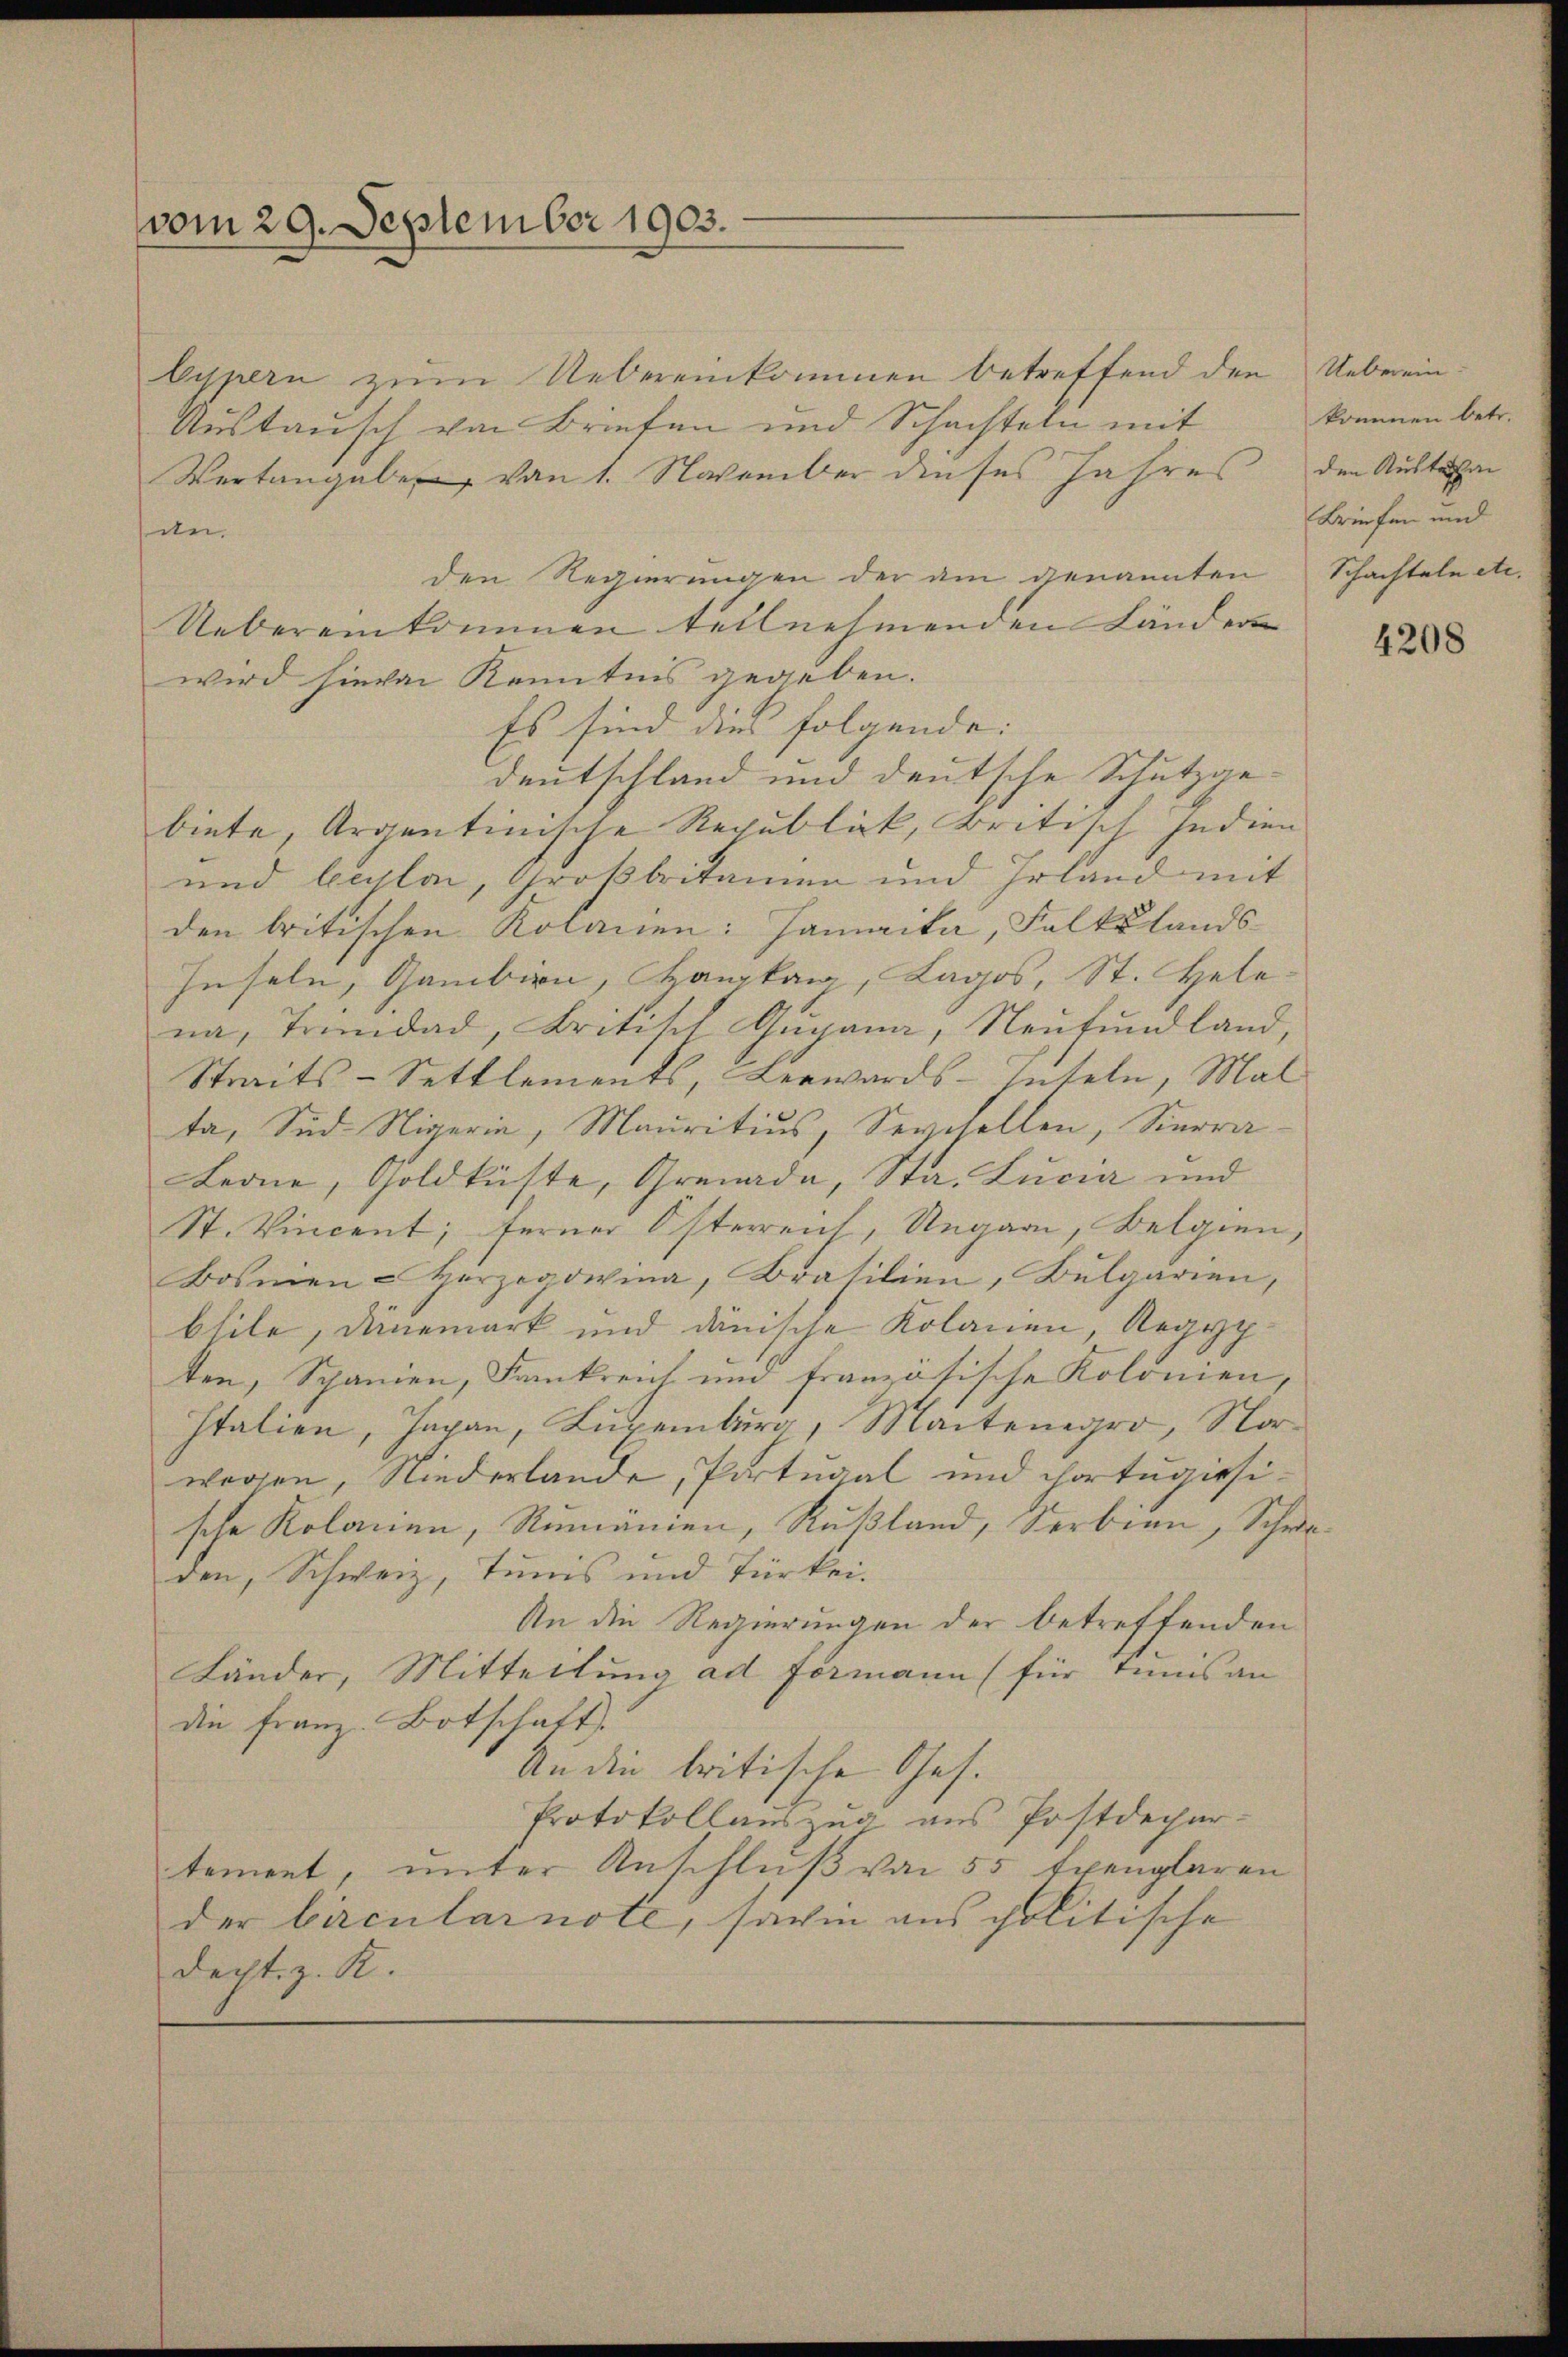
vom 29. September 1903.

bypern zum Uebereinkommen betreffend den
Austausch von Briefen und Schachteln mit
Wertangaben von 1. November dieses Jahres
in.
den Regierungen der am genannten
Uebereinkommen teilnehmenden Länder
wird hievon Kenntnis gegeben.
Es sind dies folgende:
Deutschland und deutsche Schutzgebiete, Argentinische Republick, Britisch Indien
und begler, Großbritanien und Erland mit
den britischen Kolanen: Jamacta, Falklands¬
Inseln, Gambirn, Hankam, Lagos, St. Hele
na, Trandad, Britisch Gugana, Neufundland,
Streits-Settlements, Leewards-Inteln, Mal
ta, Süd Nigerin, Mauritius, Sevisollen, Sierra-
Leone, Goldküste, Grenada, Sta. Lucia und
St. Vincent; ferner Österreich, Ungarn, Belgien,
Bosnien-Herzogowina, Brasilien, Bulgarien,
blile, denemark und danische Kolanen, Aegypten, Spanien, Fankreich und französische Kolonien,
Italien, Japan, Luxenburg, Maitenegro, Norwogen, Niederlande, Portugal und chortugisische Rolanien, Rumänien, Rußland, Serbien, Schweden, Schweiz, Tunis und Türkei.
An die Regierungen der betreffenden
Länder, Mitteilung ad Formann für Tunis an
die Franz. Botschaft.
Audie britische Ges.
Protokollauszug aus Postdepar-
tement, unter Anschluß von 55 Exemplaren
der Circularnote, sowie aus politische
decht z. R.

Ueberein:
kommen betr.
den Austre
Briefen und
Schachteln etc.

4208